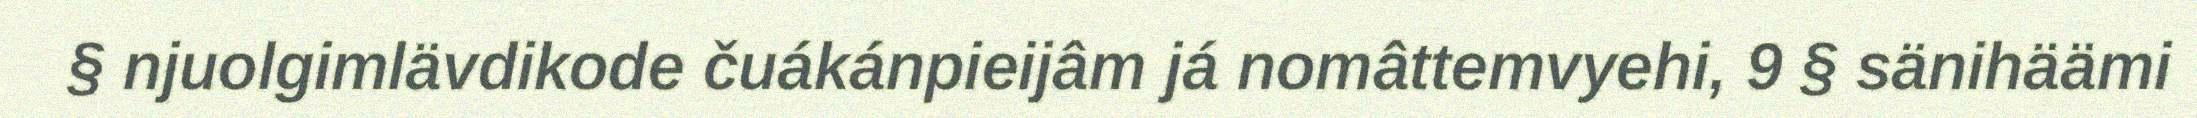
§ njuolgimlävdikode čuákánpieijâm já nomâttemvyehi, 9 § sänihäämi